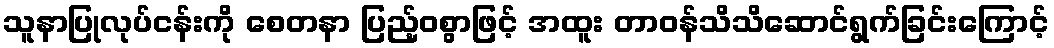
သူနာပြုလုပ်ငန်းကို စေတနာ ပြည့်ဝစွာဖြင့် အထူး တာဝန်သိသိဆောင်ရွက်ခြင်းကြောင့်